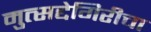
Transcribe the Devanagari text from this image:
मुत्सद्देगिरीचा